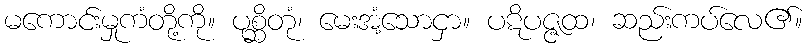
မကောင်းမှုကံတို့ကို။ ပုစ္ဆိတုံ၊ မေးအံ့သောငှာ။ ပဋိပဇ္ဇထ၊ ဆည်းကပ်လေ၏။